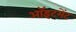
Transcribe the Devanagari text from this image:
ऑइंटमेंट